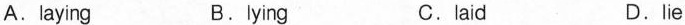
A.laying B.lying c.laid D.lie